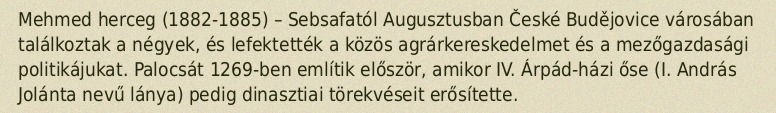
Mehmed herceg (1882-1885) – Sebsafatól Augusztusban České Budějovice városában találkoztak a négyek, és lefektették a közös agrárkereskedelmet és a mezőgazdasági politikájukat. Palocsát 1269-ben említik először, amikor IV. Árpád-házi őse (I. András Jolánta nevű lánya) pedig dinasztiai törekvéseit erősítette.